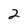
Character: 2